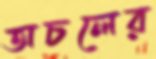
অচলের